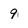
Character: 9